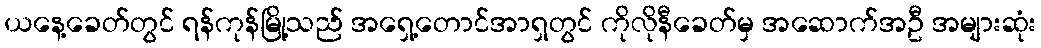
ယနေ့ခေတ်တွင် ရန်ကုန်မြို့သည် အရှေ့တောင်အာရှတွင် ကိုလိုနီခေတ်မှ အဆောက်အဦ အများဆုံး